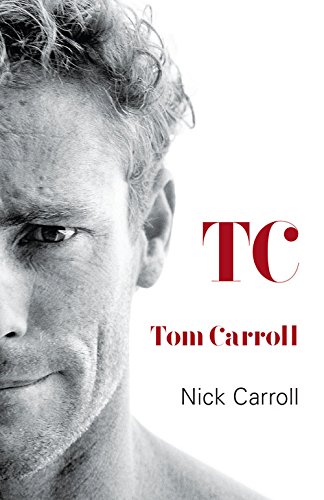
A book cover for TC; Tom Carroll; Sports & Outdoors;